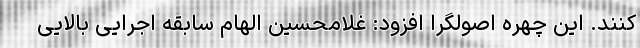
کنند. این چهره اصولگرا افزود: غلامحسین الهام سابقه اجرایی بالایی